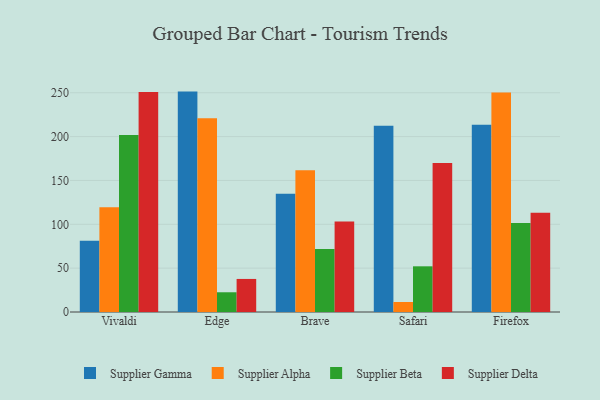
{"axis": {"x": "Browser", "y": "Revenue (USD Million)"}, "legend": ["Supplier Alpha", "Supplier Beta", "Supplier Delta", "Supplier Gamma"], "data": [{"x": "Vivaldi", "y": 81.2, "type": "Supplier Gamma"}, {"x": "Vivaldi", "y": 119.5, "type": "Supplier Alpha"}, {"x": "Vivaldi", "y": 201.7, "type": "Supplier Beta"}, {"x": "Vivaldi", "y": 250.8, "type": "Supplier Delta"}, {"x": "Edge", "y": 251.3, "type": "Supplier Gamma"}, {"x": "Edge", "y": 220.9, "type": "Supplier Alpha"}, {"x": "Edge", "y": 22.5, "type": "Supplier Beta"}, {"x": "Edge", "y": 37.7, "type": "Supplier Delta"}, {"x": "Brave", "y": 134.9, "type": "Supplier Gamma"}, {"x": "Brave", "y": 161.6, "type": "Supplier Alpha"}, {"x": "Brave", "y": 71.9, "type": "Supplier Beta"}, {"x": "Brave", "y": 103.1, "type": "Supplier Delta"}, {"x": "Safari", "y": 212.3, "type": "Supplier Gamma"}, {"x": "Safari", "y": 11.4, "type": "Supplier Alpha"}, {"x": "Safari", "y": 52.1, "type": "Supplier Beta"}, {"x": "Safari", "y": 169.9, "type": "Supplier Delta"}, {"x": "Firefox", "y": 213.4, "type": "Supplier Gamma"}, {"x": "Firefox", "y": 250.3, "type": "Supplier Alpha"}, {"x": "Firefox", "y": 101.6, "type": "Supplier Beta"}, {"x": "Firefox", "y": 113.1, "type": "Supplier Delta"}]}